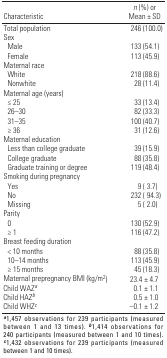
| Characteristic | n (%) or Mean ± SD |
 | --- | --- |
 | Total population | 246 (100.0) |
 | Sex |
 | Male | 133 (54.1) |
 | Female | 113 (45.9) |
 | Maternal race |
 | White | 218 (88.6) |
 | Nonwhite | 28 (11.4) |
 | Maternal age (years) |
 | ≤ 25 | 33 (13.4) |
 | 26–30 | 82 (33.3) |
 | 31–35 | 100 (40.7) |
 | ≥ 36 | 31 (12.6) |
 | Maternal education |
 | Less than college graduate | 39 (15.9) |
 | College graduate | 88 (35.8) |
 | Graduate training or degree | 119 (48.4) |
 | Smoking during pregnancy |
 | Yes | 9 ( 3.7) |
 | No | 232 ( 94.3) |
 | Missing | 5 ( 2.0) |
 | Parity |
 | 0 | 130 (52.9) |
 | ≥ 1 | 116 (47.2) |
 | Breast feeding duration |
 | < 10 months | 88 (35.8) |
 | 10–14 months | 113 (45.9) |
 | ≥ 15 months | 45 (18.3) |
 | Maternal prepregnancy BMI (kg/m2) | 23.4 ± 4.7 |
 | Child WAZa | 0.1 ± 1.1 |
 | Child HAZb | 0.5 ± 1.0 |
 | Child WHZc | –0.1 ± 1.2 |
 | <COLSPAN=2> a1,457 observations for 239 participants (measured between 1 and 13 times). b1,414 observations for 240 participants (measured between 1 and 10 times). c1,432 observations for 239 participants (measured between 1 and 10 times). |